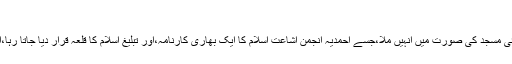
alislam.org)
چنانچہ وہ مشن جو ایک بنی بنائی مسجد کی صورت میں انہیں ملا،جسے احمدیہ انجمن اشاعت اسلام کا ایک بھاری کارنامہ،اور تبلیغ اسلام کا قلعہ قرار دیا جاتا رہا،انجمن اس سے تہی دست ہوگئی۔